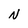
Character: N